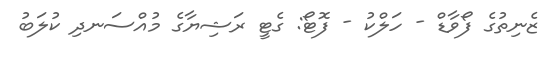
ޒެނިތުގެ ފޯވާޑް - ހަލްކު - ފޮޓޯ: ގެޓީ ރަޝިޔާގެ މުއްސަނދި ކުލަބު